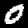
Digit: 0